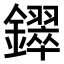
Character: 𫓚